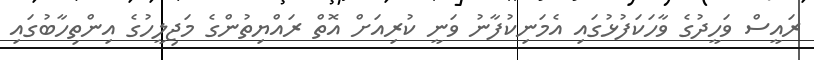
ރައީސް ވަހީދުގެ ވާހަކަފުޅުގައި އެމަނިކުފާނު ވަނީ ކުރިއަށް އޮތް ރައްޔިތުންގެ މަޖިލީހުގެ އިންތިހާބުގައި